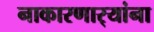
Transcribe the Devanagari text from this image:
नाकारणार्‍यांना